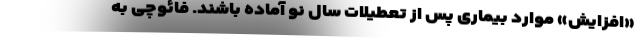
«افزایش» موارد بیماری پس از تعطیلات سال نو آماده باشند. فائوچی به